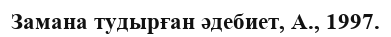
Замана тудырған әдебиет, А., 1997.